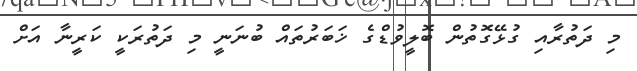
މި ދަތުރާއި ގުޅޭގޮތުން ބޮލީވުޑްގެ ޚަބަރުތައް ބުނަނީ މި ދަތުރަކީ ކަރީނާ އަށް